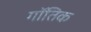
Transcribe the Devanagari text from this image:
गॉतिक